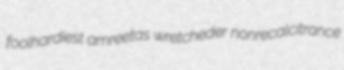
foolhardiest amreetas wretcheder nonrecalcitrance